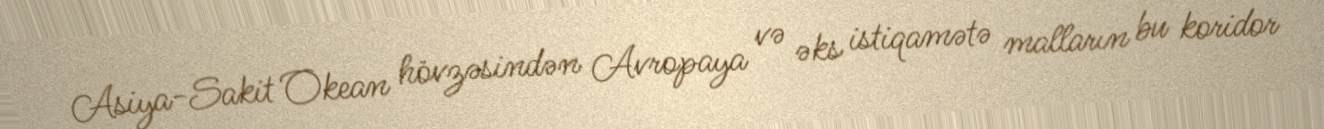
Asiya-Sakit Okean hövzəsindən Avropaya və əks istiqamətə malların bu koridor